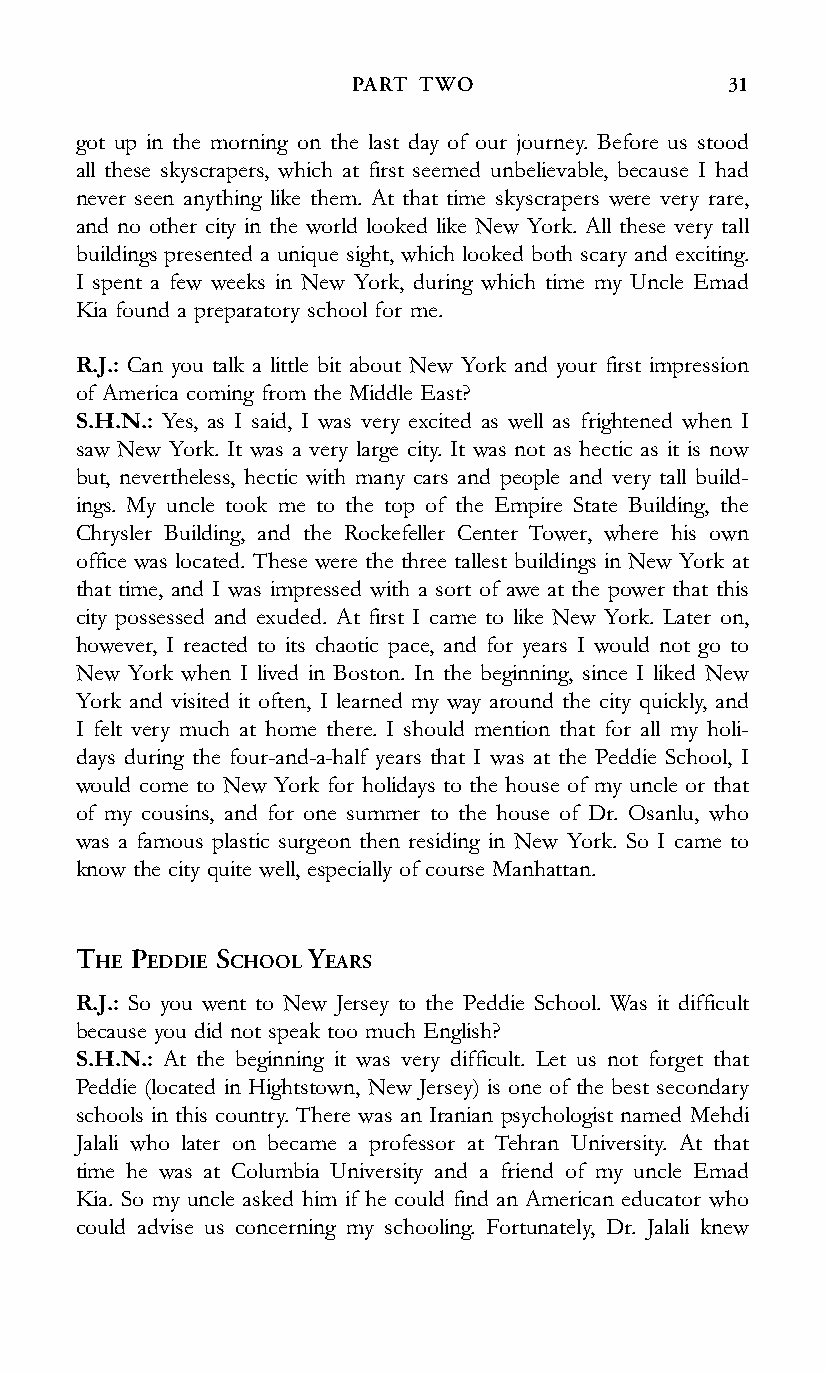
PART TWO                 31
 got up in the morning on the last day of our journey. Before us stood
 all these skyscrapers, which at first seemed unbelievable, because I had
 never seen anything like them. At that time skyscrapers were very rare,
 and no other city in the world looked like New York. All these very tall
 buildings presented a unique sight, which looked both scary and exciting.
 I spent a few weeks in New York, during which time my Uncle Emad
 Kia found a preparatory school for me.
 R.J.: Can you talk a little bit about New York and your first impression
 of America coming from the Middle East?
 S.H.N.: Yes, as I said, I was very excited as well as frightened when I
 saw New York. It was a very large city. It was not as hectic as it is now
 but, nevertheless, hectic with many cars and people and very tall build-
 ings. My uncle took me to the top of the Empire State Building, the
 Chrysler Building, and the Rockefeller Center Tower, where his own
 office was located. These were the three tallest buildings in New York at
 that time, and I was impressed with a sort of awe at the power that this
 city possessed and exuded. At first I came to like New York. Later on,
 however, I reacted to its chaotic pace, and for years I would not go to
 New York when I lived in Boston. In the beginning, since I liked New
 York and visited it often, I learned my way around the city quickly, and
 I felt very much at home there. I should mention that for all my holi-
 days during the four-and-a-half years that I was at the Peddie School, I
 would come to New York for holidays to the house of my uncle or that
 of my cousins, and for one summer to the house of Dr. Osanlu, who
 was a famous plastic surgeon then residing in New York. So I came to
 know the city quite well, especially of course Manhattan.
 THE PEDDIE SCHOOL YEARS
 R.J.: So you went to New Jersey to the Peddie School. Was it difficult
 because you did not speak too much English?
 S.H.N.: At the beginning it was very difficult. Let us not forget that
 Peddie (located in Hightstown, New Jersey) is one of the best secondary
 schools in this country. There was an Iranian psychologist named Mehdi
 Jalali who later on became a professor at Tehran University. At that
 time he was at Columbia University and a friend of my uncle Emad
 Kia. So my uncle asked him if he could find an American educator who
 could advise us concerning my schooling. Fortunately, Dr. Jalali knew